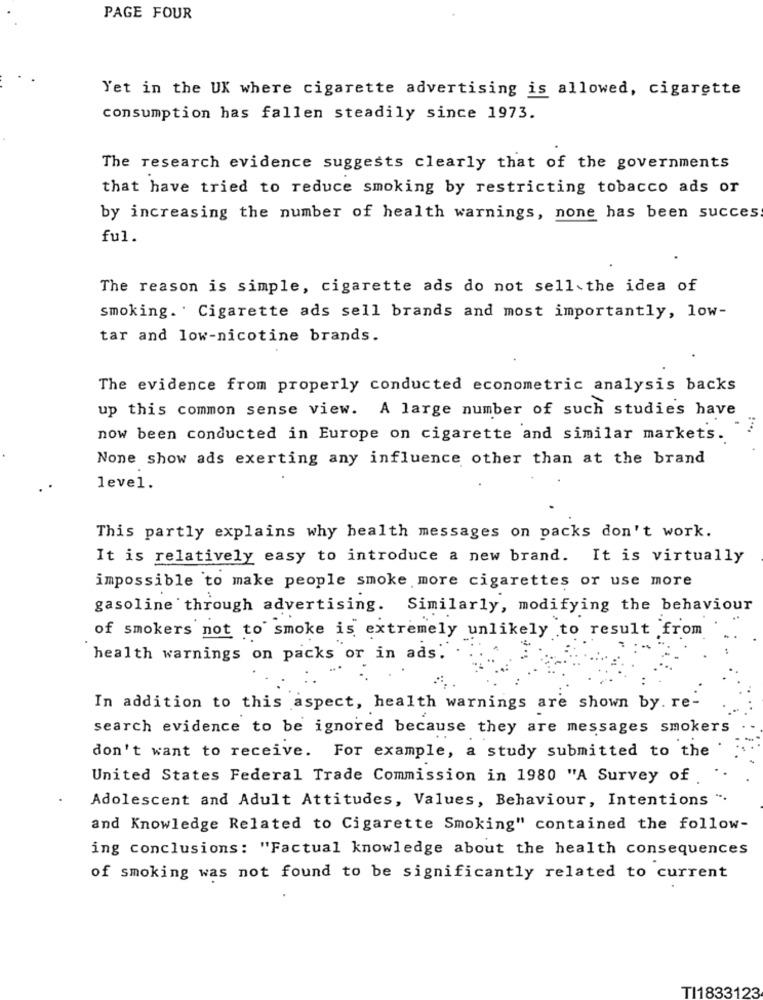
PAGE FOUR
Yet in the UK where cigarette advertising is allowed, cigarette
consumption has fallen steadily since 1973.
The research evidence suggests clearly that of the governments
that have tried to reduce smoking by restricting tobacco ads or
by increasing the number of health warnings, none has been succes
ful.
The reason is simple, cigarette ads do not sell the idea of
smoking. . Cigarette ads sell brands and most importantly, low-
tar and low-nicotine brands.
The evidence from properly conducted econometric analysis backs
up this common sense view. A large number of such studies have
now been conducted in Europe on cigarette and similar markets.
None show ads exerting any influence other than at the brand
level.
This partly explains why health messages on packs don't work.
It is relatively easy to introduce a new brand. It is virtually
impossible to make people smoke more cigarettes or use more
gasoline through advertising. Similarly, modifying the behaviour
of smokers not to smoke is extremely unlikely to result from
health warnings on packs or in ads.
In addition to this aspect, health warnings are shown by. re-
search evidence to be ignored because they are messages smokers
don't want to receive. For example, a study submitted to the
United States Federal Trade Commission in 1980 "A Survey of
Adolescent and Adult Attitudes, Values, Behaviour, Intentions ".
and Knowledge Related to Cigarette Smoking" contained the follow-
ing conclusions: "Factual knowledge about the health consequences
of smoking was not found to be significantly related to current
TI1833123